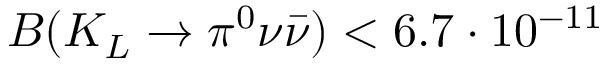
B ( K _ { L } \to \pi ^ { 0 } \nu \bar { \nu } ) < 6 . 7 \cdot 1 0 ^ { - 1 1 }